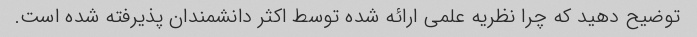
توضیح دهید که چرا نظریه علمی ارائه شده توسط اکثر دانشمندان پذیرفته شده است.